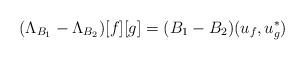
LaTeX: \begin{align*} (\Lambda_{B_1}-\Lambda_{B_2})[f][g] = (B_1-B_2)(u_f,u_g^*)\end{align*}